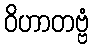
ဝိဟာတဗ္ဗံ